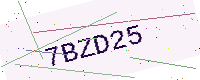
Text: 7BZD25